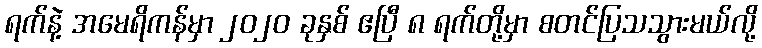
ရက်နဲ့ အမေရိကန်မှာ ၂၀၂၀ ခုနှစ် ဧပြီ ၈ ရက်တို့မှာ စတင်ပြသသွားမယ်လို့